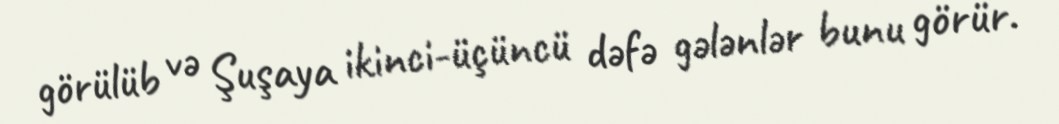
görülüb və Şuşaya ikinci-üçüncü dəfə gələnlər bunu görür.